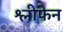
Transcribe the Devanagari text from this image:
श्लीफेन